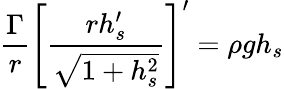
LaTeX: \frac{\Gamma}{r}\left[\frac{rh_{s}^{\prime}}{\sqrt{1+h_{s}^{2}}}\right]^{\prime}=\rho{g}h_{s}